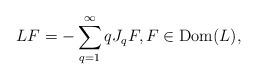
LaTeX: \begin{align*}LF=-\sum_{q=1}^\infty qJ_qF,F\in\mathrm{Dom}(L),\end{align*}